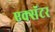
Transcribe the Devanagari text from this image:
एक्सॅटर